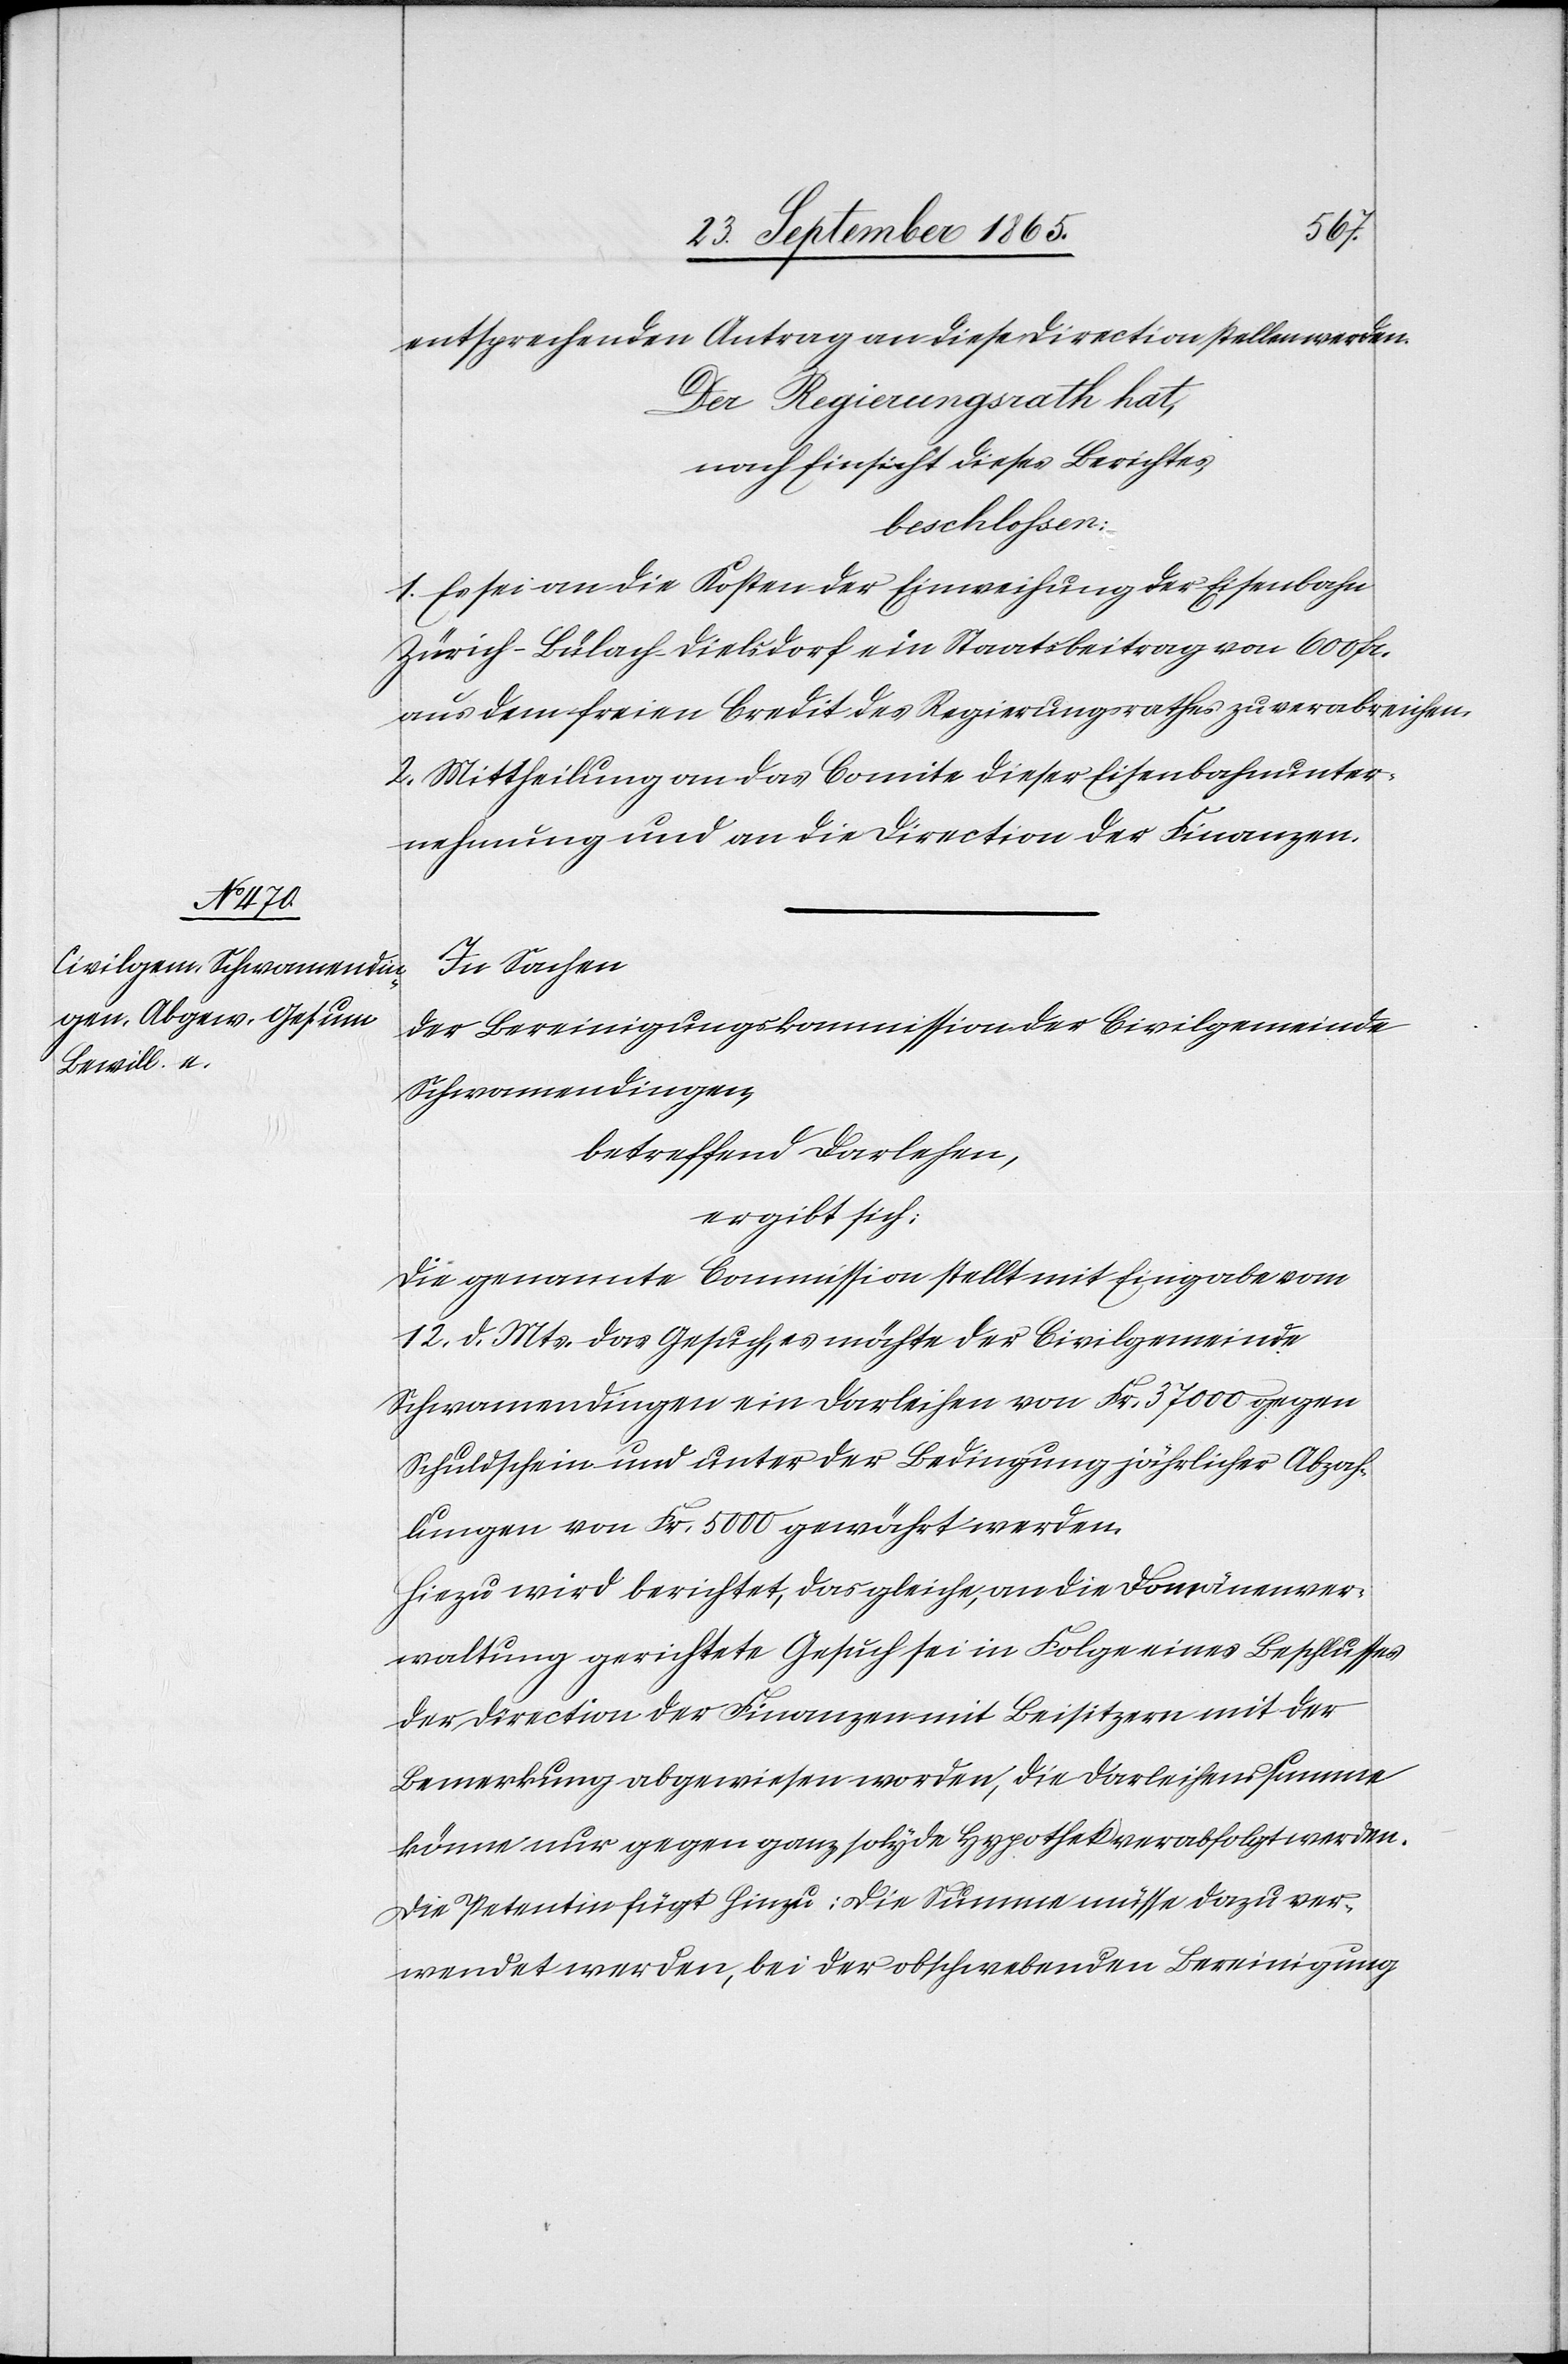
entsprechenden Antrag an diese Direction stellen werden.
Der Regierungsrath hat,
nach Einsicht dieses Berichtes,
beschlossen:
1. Es sei an die Kosten der Einweihung der Eisenbahn
Zürich–Bülach–Dielsdorf [sic!] ein Staatsbeitrag von 600 fr.
aus dem freien Credit des Regierungsrathes zu verabreichen.
2. Mittheilung an das Comite dieser Eisenbahnunter¬
nehmung und an die Direciton der Finanzen.
In Sachen
der Bereinigungskommission der Civilgemeinde
Schwamendingen,
betreffend Darlehen,
ergibt sich:
Die genannte Commission stellt mit Eingabe vom
12. d. Mts. das Gesuch, es möchte der Civilgemeinde
Schwamendingen ein Darleihen von Fr. 37 000 gegen
Schuldschein und unter der Bedingung jährlicher Abzah¬
lungen von Fr. 5000 gewährt werden.
Hiezu wird berichtet, das gleiche, an die Domänenver¬
waltung gerichtet Gesuch sei in Folge eines Beschlusse
der Direction der Finanzen mit Beisitzern mit der
Bemerkung abgewiesen worden, die Darleihenssumme
könne nur gegen ganz solyde Hypothek verabfolgt werden.
Die Petentin fügt hinzu: Die Summe müsse dazu ver¬
wendet werden, bei der obschwebenden Bereinigung